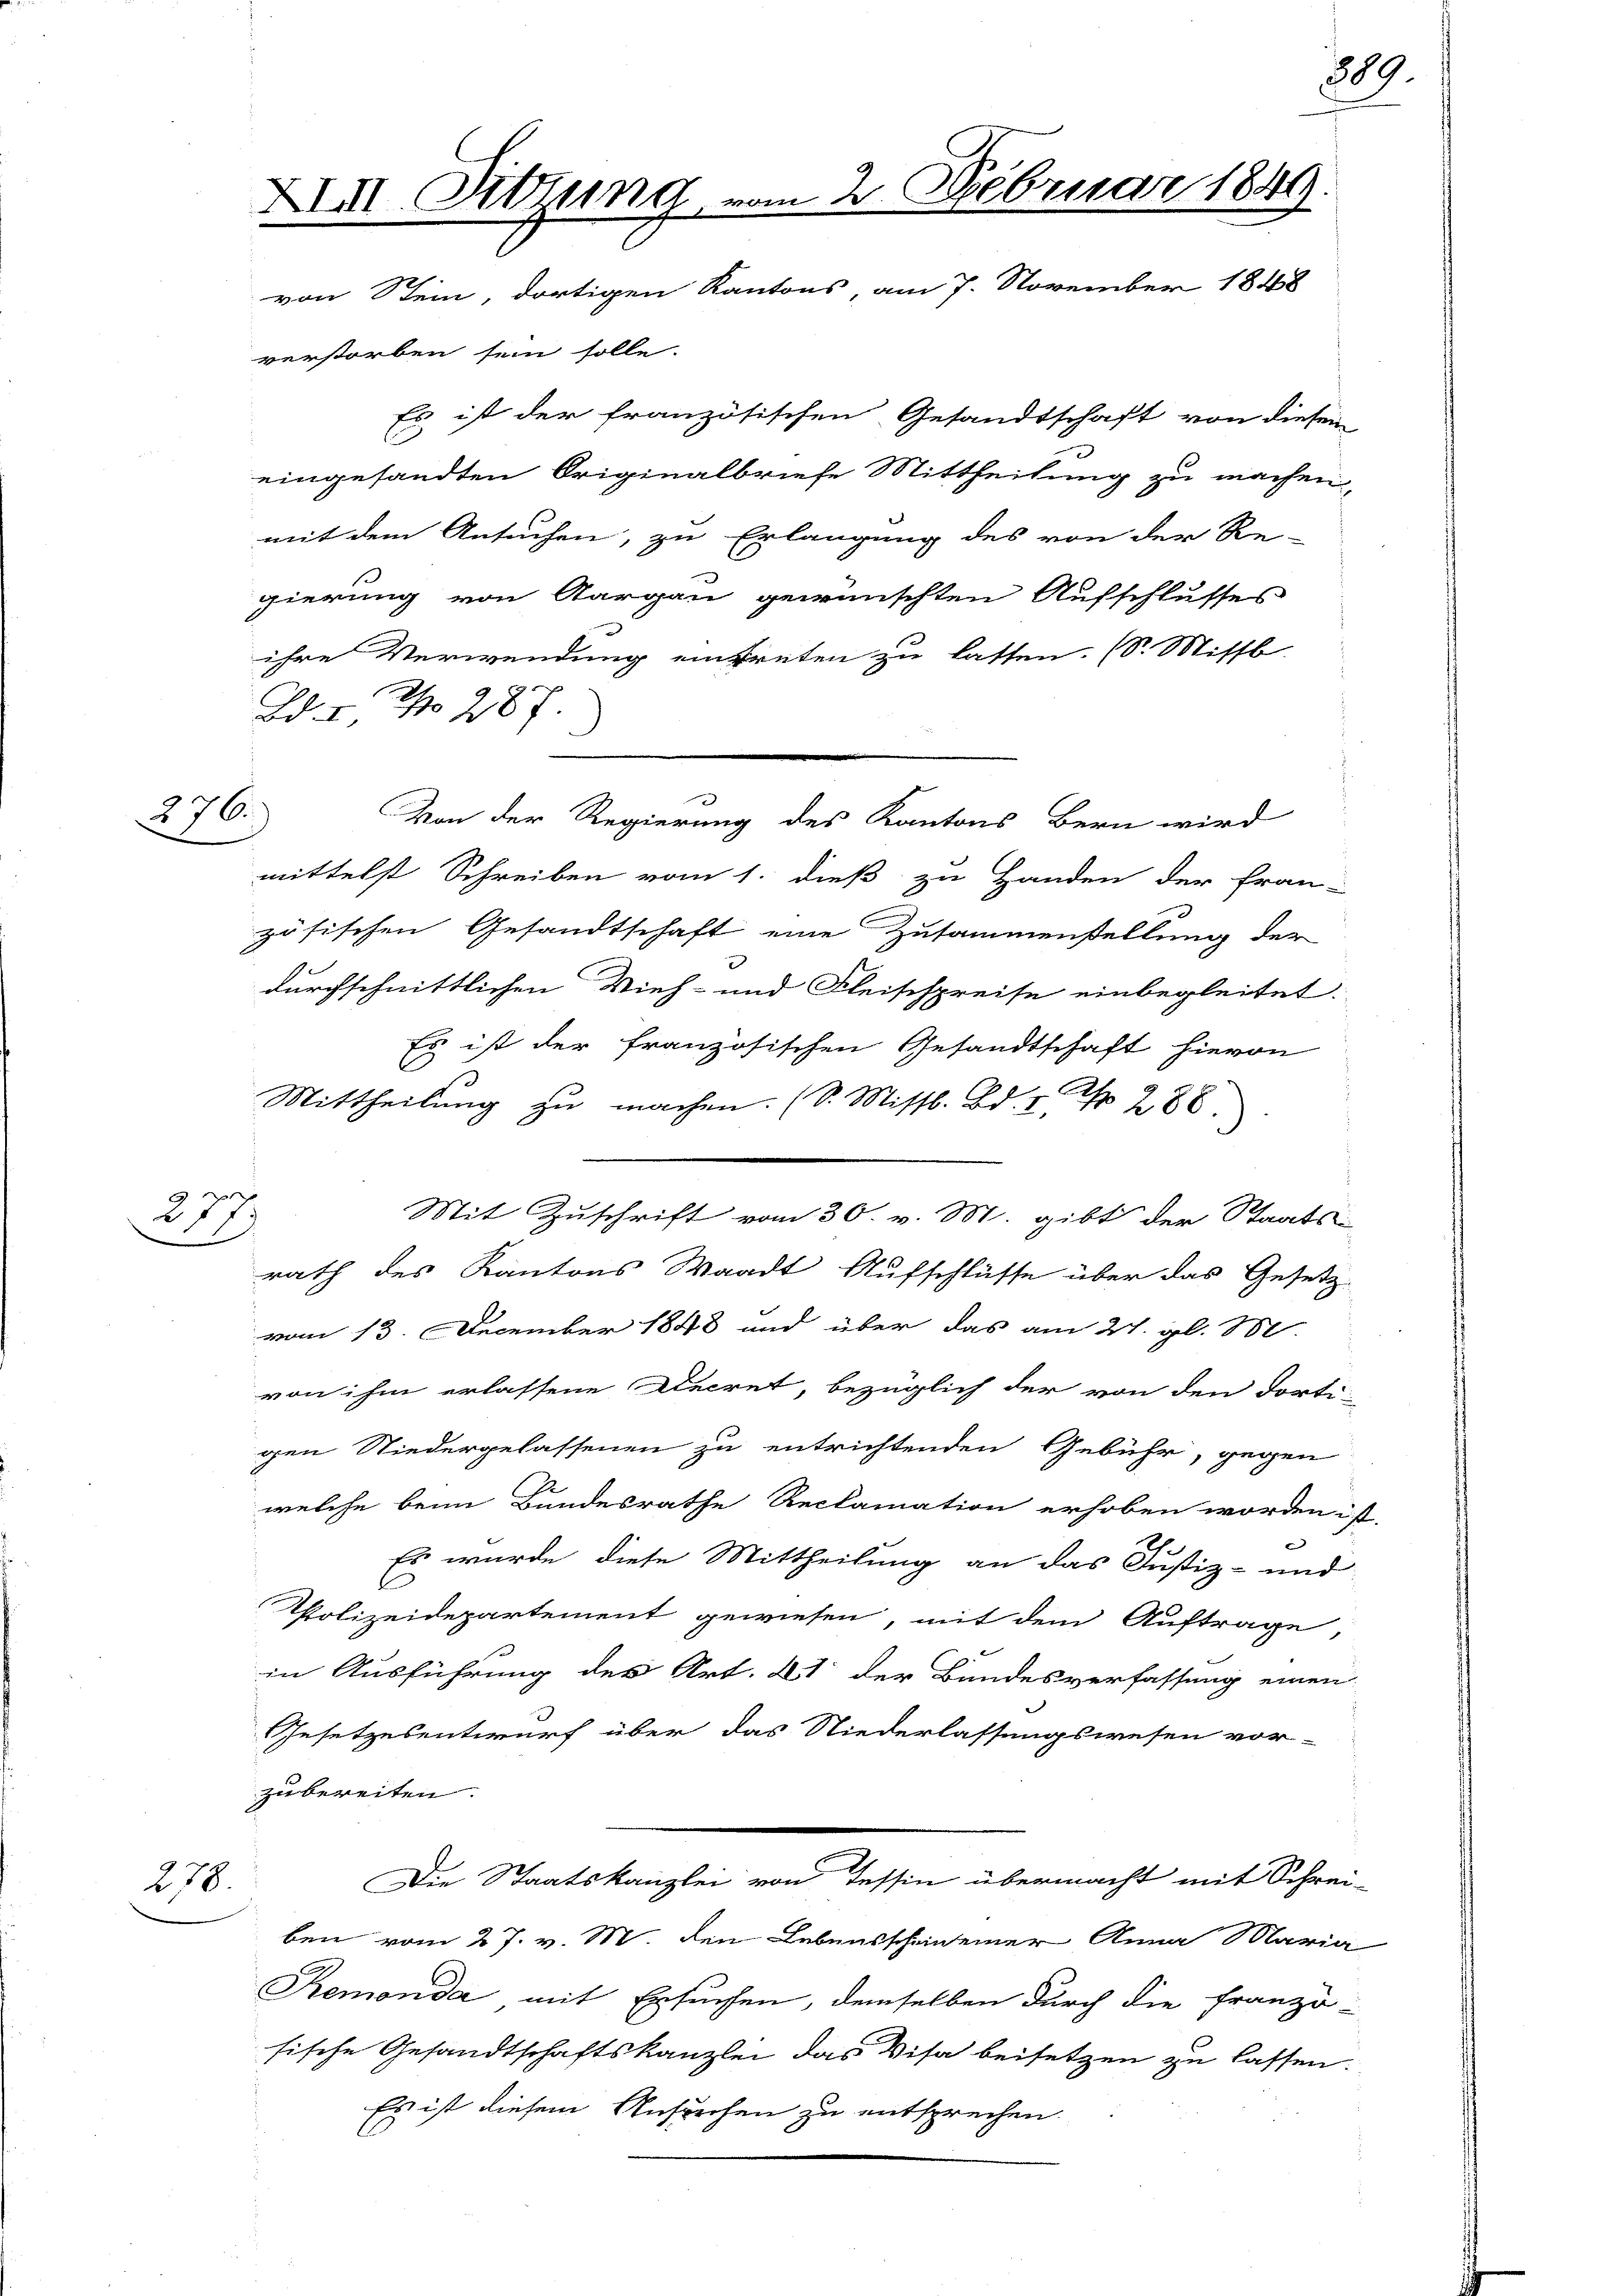
276.

277

278.

XIII Sitzung vom 2. Februar 1849.
von Stein, dortigen Kantons, am 7. November 1848
verstorben sein solle.

gierung von Aargau gewünschten Aufschlusses
ihre Verwendung eintreten zu lassen. (S. Missb
Von der Regierung des Kantons Bern wird
mittelst Schreiben vom 1. dieß zu Handen der Fran-
zösischen Gesandtschaft eine Zusammenstellung der
durchschnittlichen Vieh- und Fleischpreise einbegleitet.
Es ist der französischen Gesandtschaft hievon
Mittheilung zu machen. (S. Missl. Bd. I, Nr. 286.
e
Mit Zuschrift vom 30. v. M. gibt der Staats-
rath des Kantons Waadt Aufschlüsse über das Gesetz-
vom 13. December 1848 und über das am 27. gl. M.
von ihm erlassene Decret, bezüglich der von den dortigen Niedergelassenen zu entrichtenden Gebühr, gegen
welche beim Bundesrathe Reclamation erhoben worden ist.
Es wurde diese Mittheilung an das Justiz- und
Polizeidepartement gewiesen, mit dem Auftrage,
in Ausführung des Art. 41 der Bundesverfassung einen
Gesetzesentwurf über das Niederlassungswesen vor-
zu bereiten.
Die Staatskanzlei von Tessin übermacht mit Schrei-
ben vom 27. v. M. den Lebensscheinseiner Anna Maria
Remonda mit Ersuchen, demselben durch die franzö-
sische Gesandtschaftskanzlei das Visa beisetzen zu lassen.
Es ist diesem Ansuchen zu entsprechen.

Bd. I No. 287

Es ist der französischen Gesandtschaft von diesem
eingesandten Originalbriefe Mittheilung zu machen,
mit dem Ansuchen, zu Erlangung des von der Re-

889.